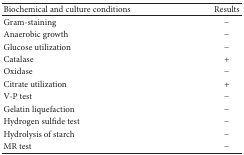
| Biochemical and culture conditions | Results |
 | --- | --- |
 | Gram-staining | − |
 | Anaerobic growth | − |
 | Glucose utilization | − |
 | Catalase | + |
 | Oxidase | − |
 | Citrate utilization | + |
 | V-P test | − |
 | Gelatin liquefaction | − |
 | Hydrogen sulfide test | − |
 | Hydrolysis of starch | − |
 | MR test | − |